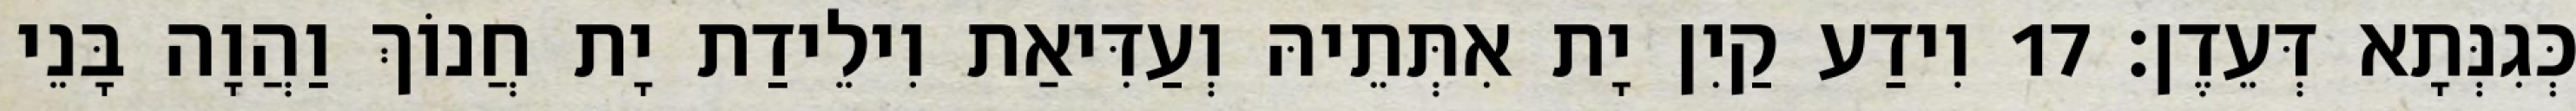
כְּגִנְּתָא דְּעֵדֶן׃ 17 וִידַע קַיִן יָת אִתְּתֵיהּ וְעַדִּיאַת וִילֵידַת יָת חֲנוֹךְ וַהֲוָה בָּנֵי